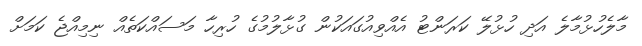
މާލެހުޅުމާލެ އަދި ހުޅުލޭ ކަރަންޓު އެއްވިއުގައަކުން ގުޅާލުމުގެ ހުރިހާ މަސައްކަތެއް ނިމިއްޖެ ކަމަށް